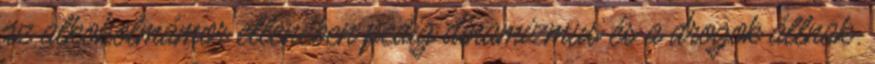
az alkoholmámor ellenében pedig dinamizmus és a drogok állnak.